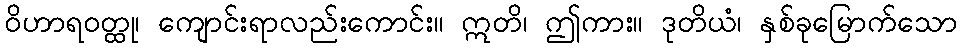
ဝိဟာရဝတ္ထု၊ ကျောင်းရာလည်းကောင်း။ ဣတိ၊ ဤကား။ ဒုတိယံ၊ နှစ်ခုမြောက်သော